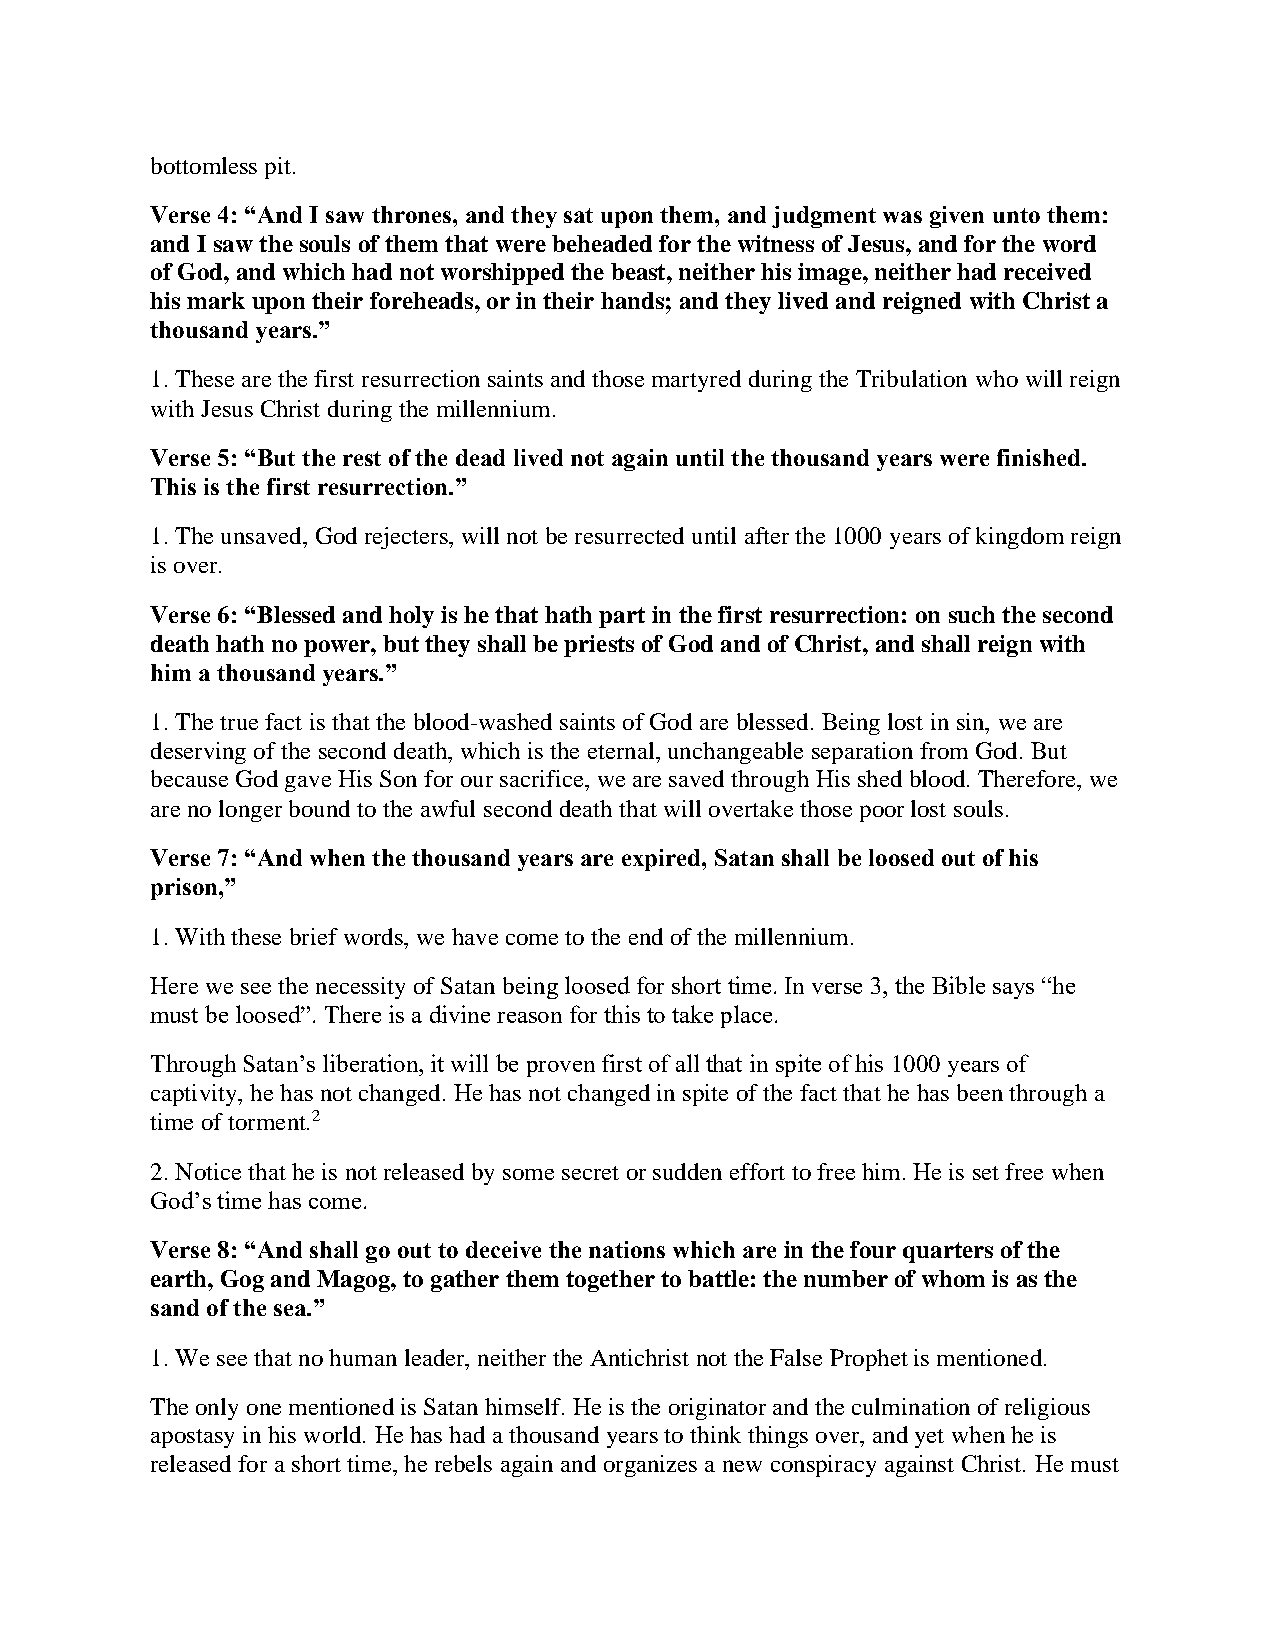
bottomless pit.
 Verse 4: “And I saw thrones, and they sat upon them, and judgment was given unto them:
 and I saw the souls of them that were beheaded for the witness of Jesus, and for the word
 of God, and which had not worshipped the beast, neither his image, neither had received
 his mark upon their foreheads, or in their hands; and they lived and reigned with Christ a
 thousand years.”
 1. These are the first resurrection saints and those martyred during the Tribulation who will reign
 with Jesus Christ during the millennium.
 Verse 5: “But the rest of the dead lived not again until the thousand years were finished.
 This is the first resurrection.”
 1. The unsaved, God rejecters, will not be resurrected until after the 1000 years of kingdom reign
 is over.
 Verse 6: “Blessed and holy is he that hath part in the first resurrection: on such the second
 death hath no power, but they shall be priests of God and of Christ, and shall reign with
 him a thousand years.”
 1. The true fact is that the blood-washed saints of God are blessed. Being lost in sin, we are
 deserving of the second death, which is the eternal, unchangeable separation from God. But
 because God gave His Son for our sacrifice, we are saved through His shed blood. Therefore, we
 are no longer bound to the awful second death that will overtake those poor lost souls.
 Verse 7: “And when the thousand years are expired, Satan shall be loosed out of his
 prison,”
 1. With these brief words, we have come to the end of the millennium.
 Here we see the necessity of Satan being loosed for short time. In verse 3, the Bible says “he
 must be loosed”. There is a divine reason for this to take place.
 Through Satan’s liberation, it will be proven first of all that in spite of his 1000 years of
 captivity, he has not changed. He has not changed in spite of the fact that he has been through a
 time of torment.2
 2. Notice that he is not released by some secret or sudden effort to free him. He is set free when
 God’s time has come.
 Verse 8: “And shall go out to deceive the nations which are in the four quarters of the
 earth, Gog and Magog, to gather them together to battle: the number of whom is as the
 sand of the sea.”
 1. We see that no human leader, neither the Antichrist not the False Prophet is mentioned.
 The only one mentioned is Satan himself. He is the originator and the culmination of religious
 apostasy in his world. He has had a thousand years to think things over, and yet when he is
 released for a short time, he rebels again and organizes a new conspiracy against Christ. He must